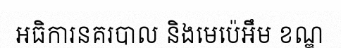
អធិការនគរបាល និងមេប៉េអឹម ខណ្ឌ